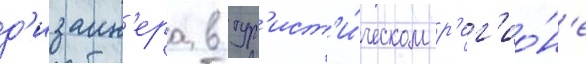
д'изаин'ера в тур'ист'и́ческом р'ег'ио́н'е